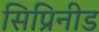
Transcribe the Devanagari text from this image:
सिप्रिनीड